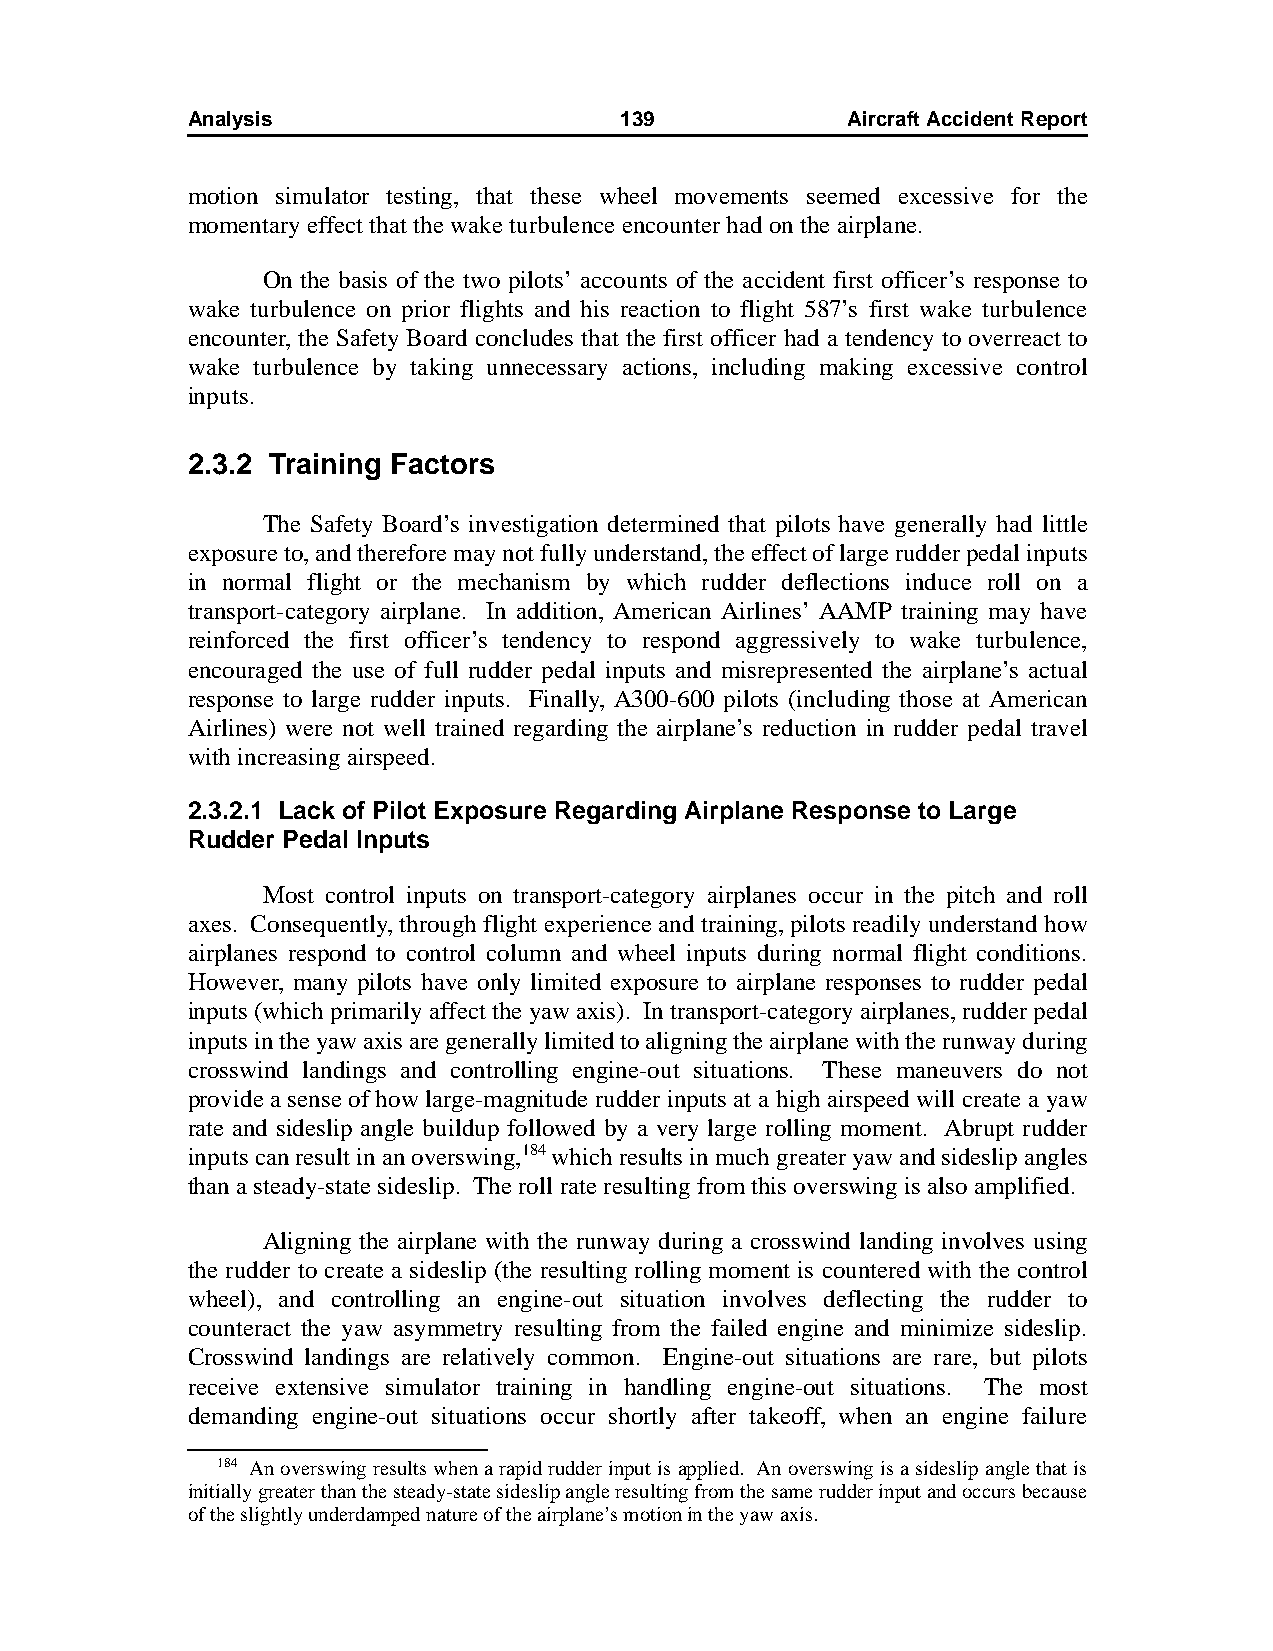
Analysis                     139            AircraftAccidentReport
 motion simulator testing, that these wheel movements seemed excessive for the
 momentary effect that the wake turbulence encounter had on the airplane.
 On the basis of the two pilots’ accounts of the accident first officer’s response to
 wake turbulence on prior flights and his reaction to flight 587’s first wake turbulence
 encounter, the Safety Board concludes that the first officer had a tendency to overreact to
 wake turbulence by taking unnecessary actions, including making excessive control
 inputs.
 2.3.2 Training Factors
 The Safety Board’s investigation determined that pilots have generally had little
 exposure to, and therefore may not fully understand, the effect of large rudder pedal inputs
 in normal flight or the mechanism by which rudder deflections induce roll on a
 transport-category airplane. In addition, American Airlines’ AAMP training may have
 reinforced the first officer’s tendency to respond aggressively to wake turbulence,
 encouraged the use of full rudder pedal inputs and misrepresented the airplane’s actual
 response to large rudder inputs. Finally, A300-600 pilots (including those at American
 Airlines) were not well trained regarding the airplane’s reduction in rudder pedal travel
 with increasing airspeed.
 2.3.2.1 Lack of Pilot Exposure Regarding Airplane Response to Large
 Rudder Pedal Inputs
 Most control inputs on transport-category airplanes occur in the pitch and roll
 axes. Consequently, through flight experience and training, pilots readily understand how
 airplanes respond to control column and wheel inputs during normal flight conditions.
 However, many pilots have only limited exposure to airplane responses to rudder pedal
 inputs (which primarily affect the yaw axis). In transport-category airplanes, rudder pedal
 inputs in the yaw axis are generally limited to aligning the airplane with the runway during
 crosswind landings and controlling engine-out situations. These maneuvers do not
 provide a sense of how large-magnitude rudder inputs at a high airspeed will create a yaw
 rate and sideslip angle buildup followed by a very large rolling moment. Abrupt rudder
 inputs can result in an overswing,184 which results in much greater yaw and sideslip angles
 than a steady-state sideslip. The roll rate resulting from this overswing is also amplified.
 Aligning the airplane with the runway during a crosswind landing involves using
 the rudder to create a sideslip (the resulting rolling moment is countered with the control
 wheel), and controlling an engine-out situation involves deflecting the rudder to
 counteract the yaw asymmetry resulting from the failed engine and minimize sideslip.
 Crosswind landings are relatively common. Engine-out situations are rare, but pilots
 receive extensive simulator training in handling engine-out situations. The most
 demanding engine-out situations occur shortly after takeoff, when an engine failure
 184 An overswing results when a rapid rudder input is applied. An overswing is a sideslip angle that is
 initially greater than the steady-state sideslip angle resulting from the same rudder input and occurs because
 of the slightly underdamped nature of the airplane’s motion in the yaw axis.